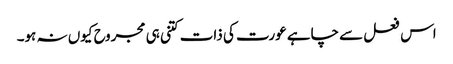
اس فعل سے چاہے عورت کی ذات کتنی ہی مجروح کیوں نہ ہو۔